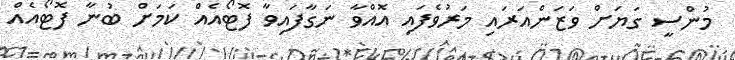
މުންސީ ގަޔަށް ވަޒަންއަރައި މަރުވެފައި އޮއްވާ ނަގާފައިވާ ފޮޓޯއެއް ކަމަށް ބުނާ ފޮޓޯއެއް